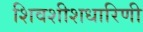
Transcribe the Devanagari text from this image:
शिवशीशधारिणी